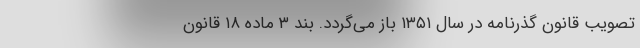
تصویب قانون گذرنامه در سال ۱۳۵۱ باز می‌گردد. بند ۳ ماده ۱۸ قانون